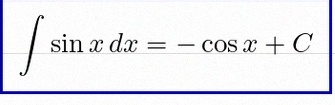
\int \sin x\,dx=-\cos x+C